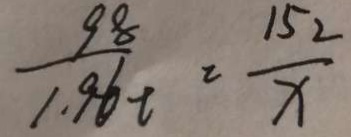
\frac { 9 8 } { 1 . 9 6 t } = \frac { 1 5 2 } { x }